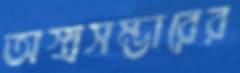
অস্ত্রসম্ভারের